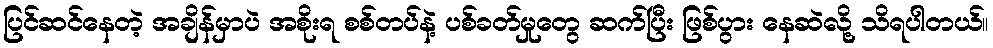
ပြင်ဆင်နေတဲ့ အချိန်မှာပဲ အစိုးရ စစ်တပ်နဲ့ ပစ်ခတ်မှုတွေ ဆက်ပြီး ဖြစ်ပွား နေဆဲလို့ သိရပါတယ်။